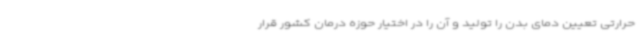
حرارتی تعیین دمای بدن را تولید و آن را در اختیار حوزه درمان کشور قرار